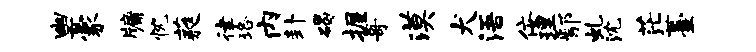
幽豪牖忱蕤律珞内卦碣握哥漠犬浯佞理鄢虬沈茫薹